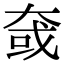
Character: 㚜